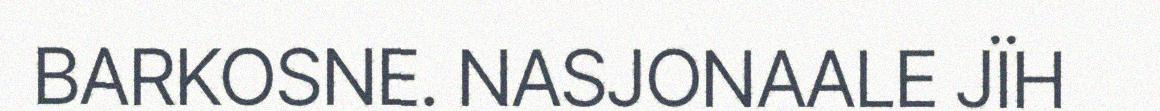
BARKOSNE. NASJONAALE JÏH